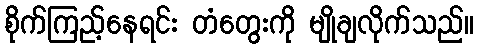
စိုက်ကြည့်နေရင်း တံတွေးကို မျိုချလိုက်သည်။